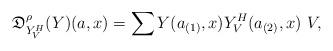
LaTeX: \begin{align*}\mathfrak D_{Y_V^H}^\rho (Y)(a,x)=\sum Y(a_{(1)},x)Y_V^H(a_{(2)},x)\ V,\end{align*}